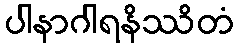
ပါနာဂါရနိဿိတံ